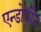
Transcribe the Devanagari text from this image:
एन्डोर्फीन